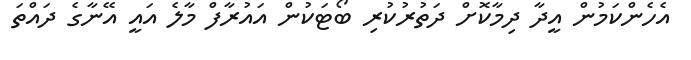
އެހެންކަމުން އީދާ ދިމާކޮށް ދަތުރުކުރި ބޯޓަކުން އައުރާފް މާލެ އައީ އޭނާގެ ދައްތަ